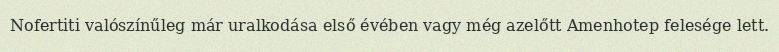
Nofertiti valószínűleg már uralkodása első évében vagy még azelőtt Amenhotep felesége lett.